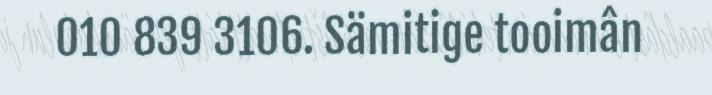
010 839 3106. Sämitige tooimân